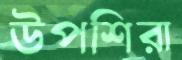
উপশিরা